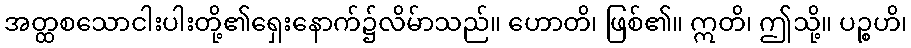
အတ္ထစသောငါးပါးတို့၏ရှေးနောက်၌လိမ်ာသည်။ ဟောတိ၊ ဖြစ်၏။ ဣတိ၊ ဤသို့။ ပဉ္စဟိ၊